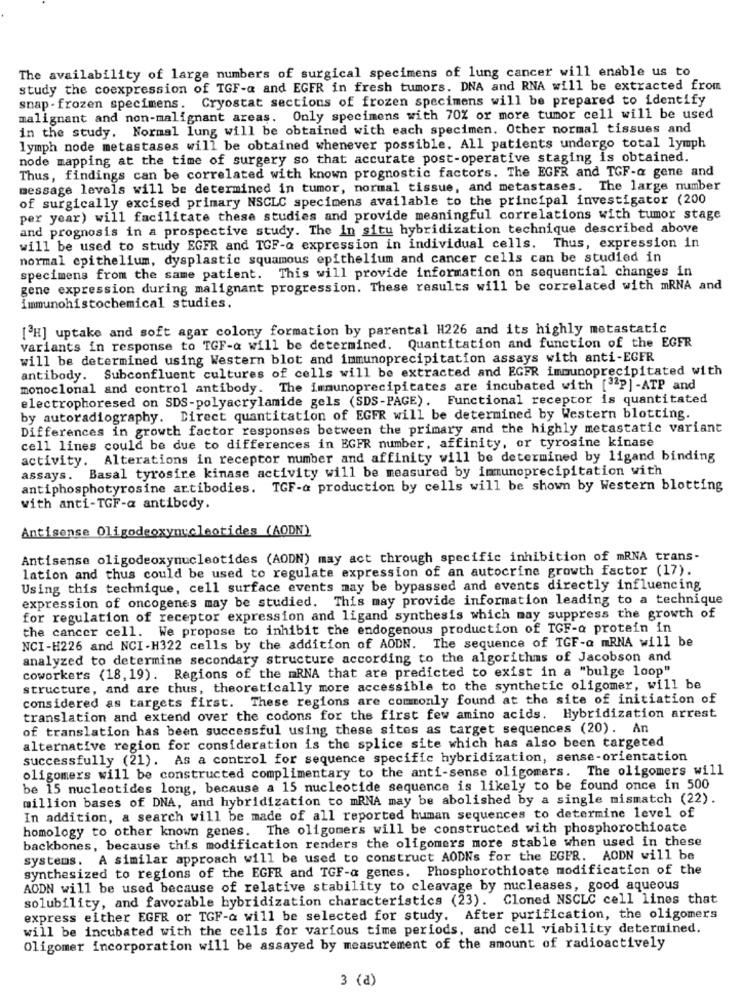
The availability of large numbers of surgical specimens of lung cancer will enable us to
study the coexpression of TGF-a and EGFR in fresh tumors. DNA and RNA will be extracted from
snap - frozen specimens. Cryostat sections of frozen specimens will be prepared to identify
malignant and non-malignant areas. Only specimens with 70% or more tumor cell will be used
in the study. Normal lung will be obtained with each specimen. Other normal tissues and
lymph node metastases will be obtained whenever possible. All patients undergo total lymph
node mapping at the time of surgery so that accurate post-operative staging is obtained.
Thus, findings can be correlated with known prognostic factors. The EGFR and TGF-a gene and
message levels will be determined in tumor, normal tissue, and metastases. The large number
of surgically excised primary NSCLC specimens available to the principal investigator (200
per year) will facilitate these studies and provide meaningful correlations with tumor stage
and prognosis in a prospective study. The in situ hybridization technique described above
will be used to study EGFR and TGF-Q expression in individual cells. Thus, expression in
normal epithelium, dysplastic squamous epithelium and cancer cells can be studied in
specimens from the same patient. This will provide information on sequential changes in
gene expression during malignant progression. These results will be correlated with mRNA and
immunohistochemical studies.
[H] uptake and soft agar colony formation by parental H226 and its highly metastatic
variants in response to TGF-a will be determined. Quantitation and function of the EGFR
will be determined using Western blot and immunoprecipitation assays with anti-EGFR
antibody. Subconfluent cultures of cells will be extracted and EGFR immunoprecipitated with
monoclonal and control antibody. The immunoprecipitates are incubated with [ P]-ATP and
electrophoresed on SDS-polyacrylamide gels (SDS-PAGE). Functional receptor is quantitated
by autoradiography. Direct quantitation of EGFR will be determined by Western blotting.
Differences in growth factor responses between the primary and the highly metastatic variant
cell lines could be due to differences in EGFR number, affinity, or tyrosine kinase
activity. Alterations in receptor number and affinity will be determined by ligand binding
assays. Basal tyrosire kinase activity will be measured by immunoprecipitation with
antiphosphotyrosine artibodies. TGF-a production by cells will be shown by Western blotting
with anti-TGF-a antibody.
Antisense Oligodeoxynucleotides (AODN)
Antisense oligodeoxynucleotides (AODN) may act through specific inhibition of mRNA trans-
lation and thus could be used to regulate expression of an autocrine growth factor (17).
Using this technique, cell surface events may be bypassed and events directly influencing
expression of oncogenes may be studied. This may provide information leading to a technique
for regulation of receptor expression and ligand synthesis which may suppress the growth of
the cancer cell. We propose to inhibit the endogenous production of TGF-Q protein in
NCI-H226 and NCI-H322 cells by the addition of AODN. The sequence of TGF-a mRNA will be
analyzed to determine secondary structure according to the algorithms of Jacobson and
coworkers (18, 19). Regions of the mRNA that are predicted to exist in a "bulge loop"
structure, and are thus, theoretically more accessible to the synthetic oligomer, will be
considered as targets first. These regions are commonly found at the site of initiation of
translation and extend over the codons for the first few amino acids. Hybridization arrest
of translation has been successful using these sites as target sequences (20). An
alternative region for consideration is the splice site which has also been targeted
successfully (21). As a control for sequence specific hybridization, sense-orientation
oligomers will be constructed complimentary to the anti-sense oligomers. The oligomers will
be 15 nucleotides long, because a 15 nucleotide sequence is likely to be found once in 500
million bases of DNA, and hybridization to mRNA may be abolished by a single mismatch (22).
In addition, a search will be made of all reported human sequences to determine level of
homology to other known genes. The oligomers will be constructed with phosphorothioate
backbones, because this modification renders the oligomers more stable when used in these
systems. A similar approach will be used to construct AODNs for the EGFR. AODN will be
synthesized to regions of the EGFR and TGF-a genes. Phosphorothioate modification of the
AODN will be used because of relative stability to cleavage by nucleases, good aqueous
solubility, and favorable hybridization characteristics (23). Cloned NSCLC cell lines that
express either EGFR or TGF-a will be selected for study. After purification, the oligomers
will be incubated with the cells for various time periods, and cell viability determined.
Oligomer incorporation will be assayed by measurement of the amount of radioactively
3 (a)